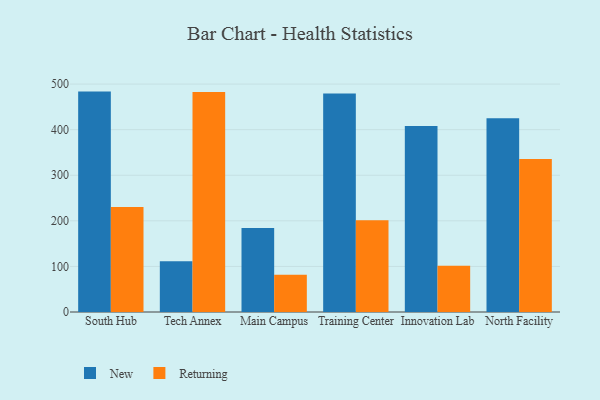
{"axis": {"x": "Campus", "y": "Temperature (°C)"}, "legend": ["New", "Returning"], "data": [{"x": "South Hub", "y": 483.5, "type": "New"}, {"x": "South Hub", "y": 230.6, "type": "Returning"}, {"x": "Tech Annex", "y": 111.6, "type": "New"}, {"x": "Tech Annex", "y": 482.6, "type": "Returning"}, {"x": "Main Campus", "y": 184.0, "type": "New"}, {"x": "Main Campus", "y": 81.9, "type": "Returning"}, {"x": "Training Center", "y": 479.6, "type": "New"}, {"x": "Training Center", "y": 201.1, "type": "Returning"}, {"x": "Innovation Lab", "y": 408.1, "type": "New"}, {"x": "Innovation Lab", "y": 101.2, "type": "Returning"}, {"x": "North Facility", "y": 425.1, "type": "New"}, {"x": "North Facility", "y": 335.7, "type": "Returning"}]}